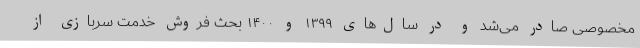
مخصوصی صادر می‌شد و در سال‌های ۱۳۹۹ و ۱۴۰۰ بحث فروش خدمت سربازی از